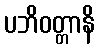
ပဘိဝတ္တာနိ